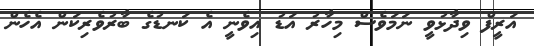
އަރީފް ވިދާޅުވީ ނަމަވެސް މިހާރު އަޑު އިވެނީ އެ ކަނޑުގެ ބާރުވެރިކަން އެހެން